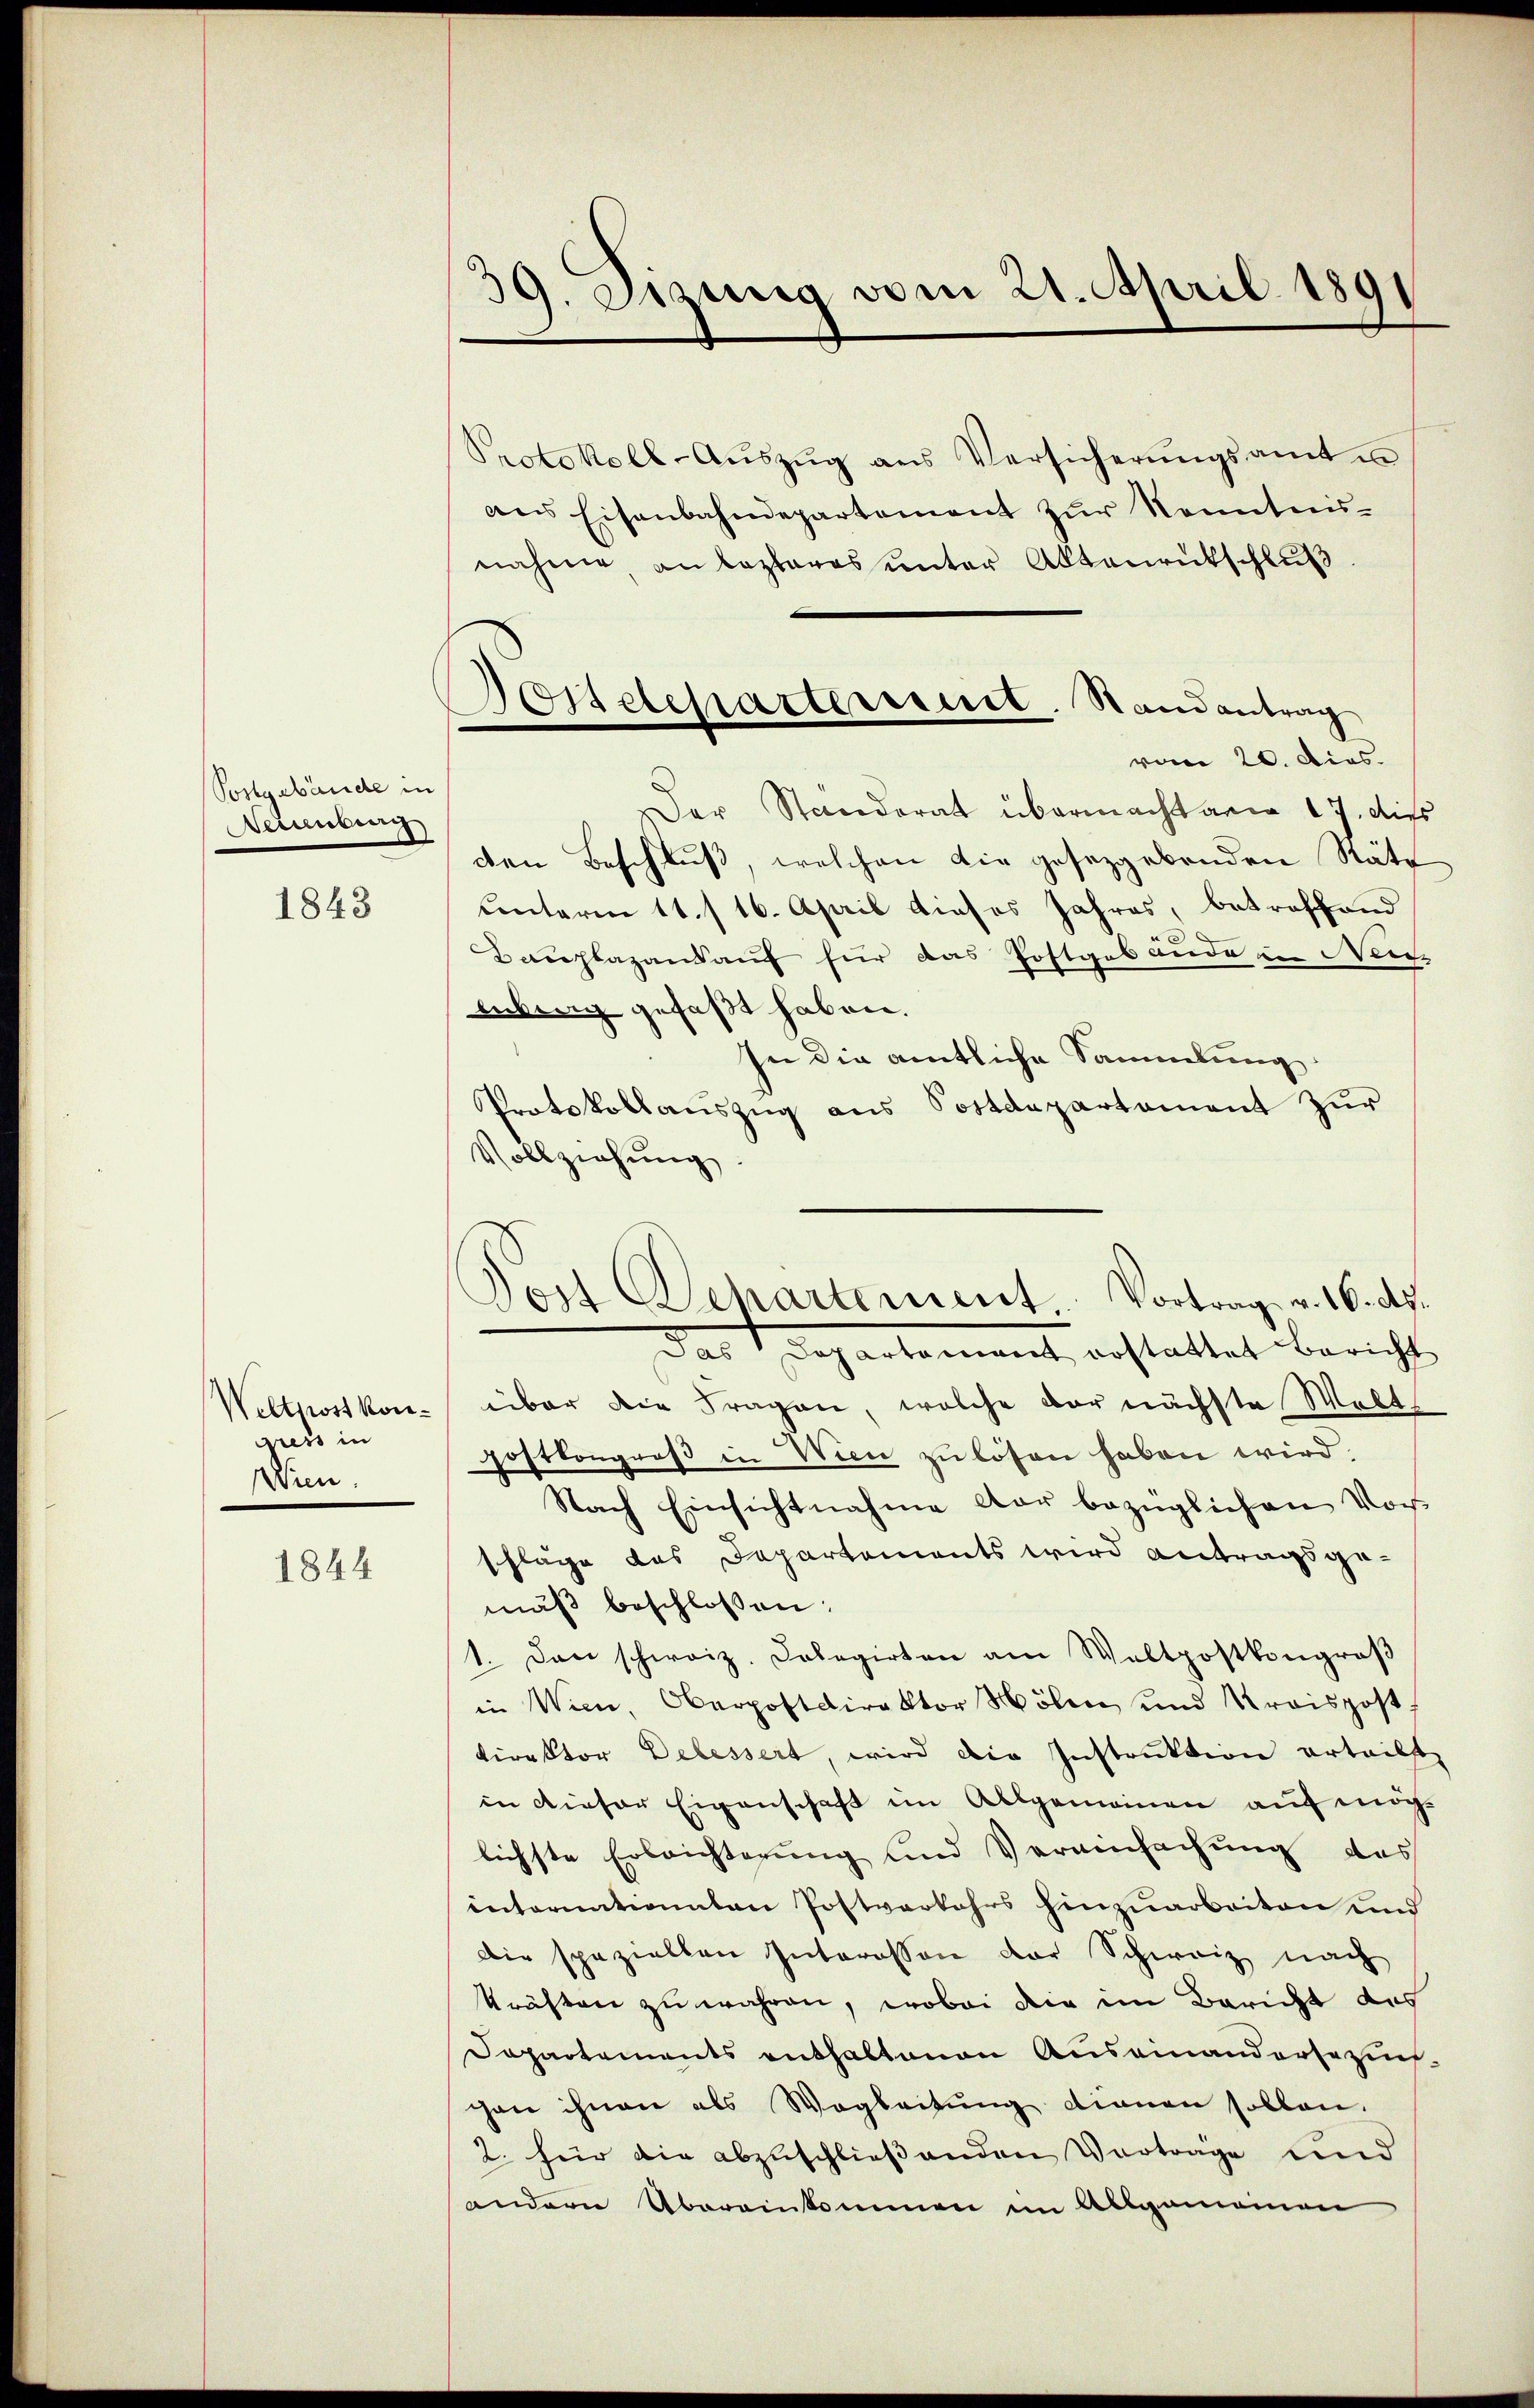
Postgebäude in
Decemberg

1843

Weltpost kongress in
WWien.

1844

39. Dizung vom 21. April 1891

Protokoll-Aŭszŭg aŭs Versicherŭngsamt un
ans Eisenbahndepartement zur Kenntnis-
nahme, an lezteres unter Aktenrutschluß
vom 20. dies.
Der Standerat übermacht am 17. dies
den Beschluß, welchen die gesezgebenden Räte
Cinterm 11. 116. April dieses Jahres, betroffend
d
achlagandauf für das Postgabaude in Weis
enberg gefaßt haben.
In die amtliche Sammlung
Protokollauszug aus Sostdepartement zur
Vollziehung
Das Departement, erstattet bericht
über die Fragen, welche der nächste Welt-
gostkongroβ in Wien zŭ lösen haben wird.
Nach Einsichtnahme war bezüglichen Vor
schläge das Departements wird Antragsgemäß beschlossen:
1. Dann schweiz. Kolegirten am Waltpostkongroβ
in Wien, Oberpostdirektor Mölen und Kraispost.
Direktor Delessert, wird die Instruktion erteilst
in dieser Eigenschaft im Allgemeinen auf möchlichste Erleichterung und Veransachung das
intorientionaten Postverkehrs hinzuarbeiten und
Die speziellen Interessen der Schweiz nach
kräften zu währen, wobei die im Bericht des
Dapartements enthaltenen Aŭsainandersezes-
con ihnen als Wegleitung dienen sollen.
2. für die abzuschlieβenden Vortrage und
andern Übereinkommen im Allgemeinen

Postetepartement. Randantrag

Jost Departement. Vortrag v. 16. ds.